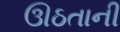
ઊઠતાની